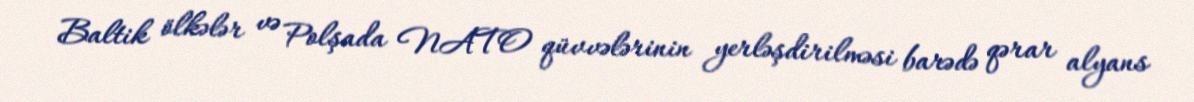
Baltik ölkələr və Polşada NATO qüvvələrinin yerləşdirilməsi barədə qərar alyans